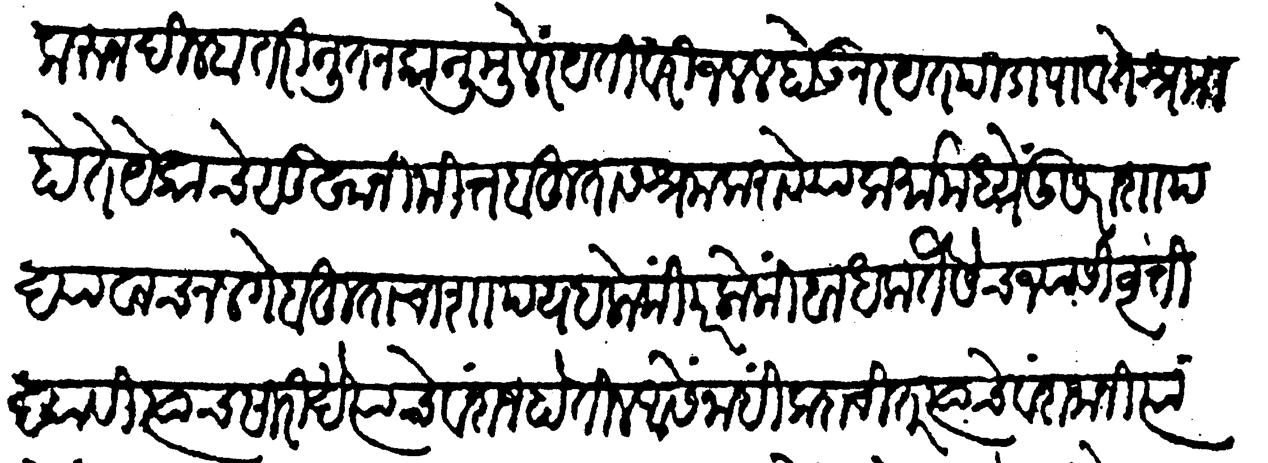
Transliteration (Devanagari): करून दिल्हा तरी नूतन कानूमुळें रथतीवरी जलल होऊन स्थत पीडा पावते श्रमी होते येकाचे सुम्रानिमित्त बहुतांस श्रम करावे या कर्मामध्यें दूसरा शाप द्यावाच नलगे बहुतांचा शाप यहलोकी परलोकीं बाधक तैसेच ज्यासी वृत्ति द्यावी त्याचसारिखे त्याचे वंशज होतील ऐसें नाही कदाचित् त्याचे वंशजांनी त्यांमागें